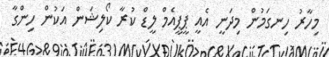
މިހާރު ހިނގަމުން މިދަނީ އެއީ ޕީޕީއެމް ލީޑް ކުރާ ކޯލިޝަން އަކުން ހިންގާ